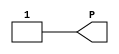
`timescale  1 ps / 1 ps

module VCC(P);

    output P;

	assign P = 1'b1;

endmodule